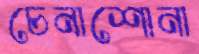
চেনাশোনা